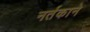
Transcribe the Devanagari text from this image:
नर्तकाने